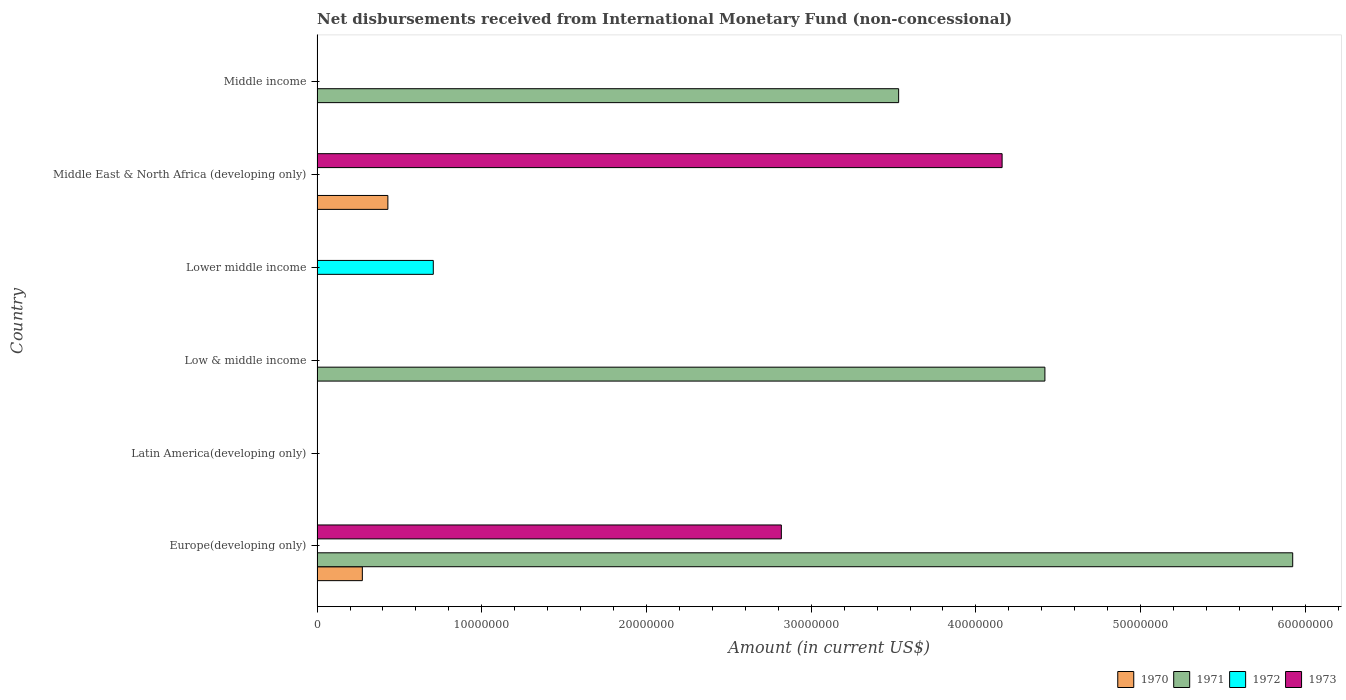
| Country | 1970 | 1971 | 1972 | 1973 |
 | --- | --- | --- | --- | --- |
 | Europe(developing only) | 2.75e+06 | 5.92e+07 | -7.98e+07 | 2.82e+07 |
 | Latin America(developing only) | -1.4e+08 | -2.61e+06 | -3.14e+07 | -1.25e+08 |
 | Low & middle income | -1.63e+08 | 4.42e+07 | -1.71e+07 | -1.37e+08 |
 | Lower middle income | -2.66e+07 | -2.57e+07 | 7.06e+06 | -5.09e+07 |
 | Middle East & North Africa (developing only) | 4.3e+06 | -2.56e+06 | -8.06e+07 | 4.16e+07 |
 | Middle income | -1.57e+08 | 3.53e+07 | -9.49e+07 | -1.57e+08 |